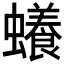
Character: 𧓲